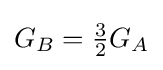
G_{B}={\tfrac {3}{2}}G_{A}